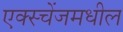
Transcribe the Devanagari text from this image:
एक्स्चेंजमधील